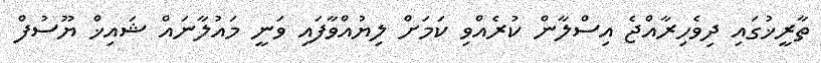
ތާރީޚުގައި ދިވެހިރާއްޖެ އިސްލާން ކުރެއްވި ކަމަށް ލިޔުއްވާފައި ވަނީ މައުލާނައް ޝައިޚް ޔޫސުފް